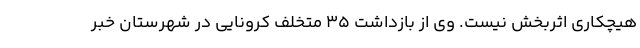
هیچکاری اثربخش نیست. وی از بازداشت ۳۵ متخلف کرونایی در شهرستان خبر